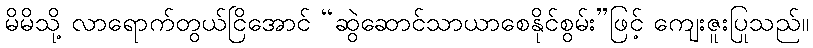
မိမိသို့ လာရောက်တွယ်ငြိအောင် “ဆွဲဆောင်သာယာစေနိုင်စွမ်း”ဖြင့် ကျေးဇူးပြုသည်။